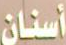
أسنان